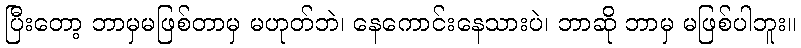
ပြီးတော့ ဘာမှမဖြစ်တာမှ မဟုတ်ဘဲ၊ နေကောင်းနေသားပဲ၊ ဘာဆို ဘာမှ မဖြစ်ပါဘူး။